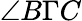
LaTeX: \angle B\Gamma C